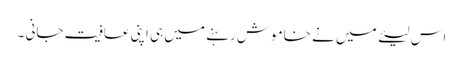
اس لیئے میں نے خاموش رہنے میں ہی اپنی عافیت جانی ۔